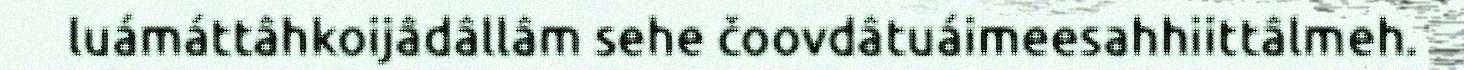
luámáttâhkoijâdâllâm sehe čoovdâtuáimeesahhiittâlmeh.